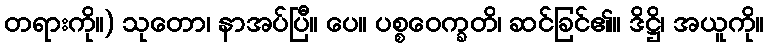
တရားကို။) သုတော၊ နာအပ်ပြီ။ ပေ။ ပစ္စဝေက္ခတိ၊ ဆင်ခြင်၏။ ဒိဋ္ဌိ၊ အယူကို။